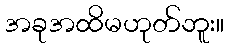
အခုအထိမဟုတ်ဘူး။